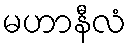
မဟာနီလံ